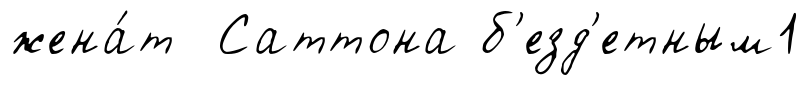
жена́т Саттона б'езд'етным1